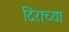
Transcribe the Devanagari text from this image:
दिराच्या